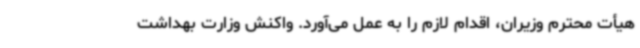
هیأت محترم وزیران، اقدام لازم را به عمل می‌آورد. واکنش وزارت بهداشت